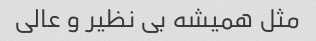
مثل همیشه بی نظیر و عالی